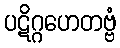
ပဋိဂ္ဂဟေတဗ္ဗံ